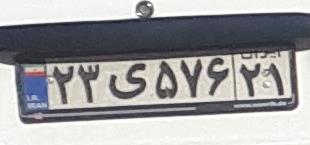
۲۳ی۵۷۶۲۱